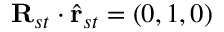
\mathbf { R } _ { s t } \cdot \hat { \mathbf { r } } _ { s t } = ( 0 , 1 , 0 )